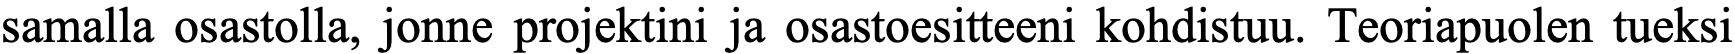
samalla osastolla, jonne projektini ja osastoesitteeni kohdistuu. Teoriapuolen tueksi